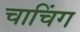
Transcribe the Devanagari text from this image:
चाचिंग